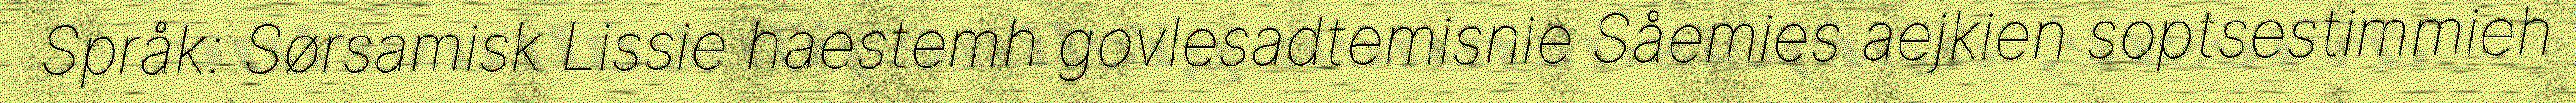
Språk: Sørsamisk Lissie haestemh govlesadtemisnie Såemies aejkien soptsestimmieh